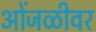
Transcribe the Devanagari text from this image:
ओंजळीवर